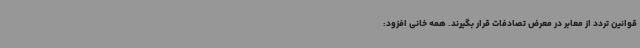
قوانین تردد از معابر در معرض تصادفات قرار بگیرند. همه خانی افزود: